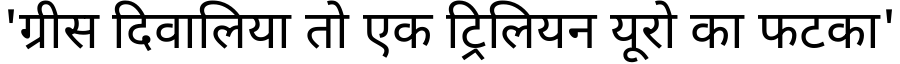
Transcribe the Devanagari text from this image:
'ग्रीस दिवालिया तो एक ट्रिलियन यूरो का फटका'